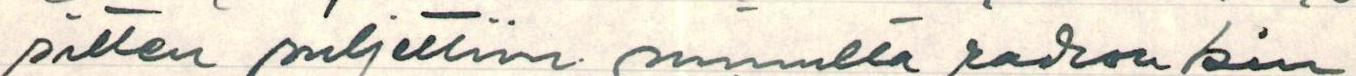
sitten suljettiin minulta radionkin